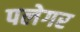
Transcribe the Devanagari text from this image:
पलेगर